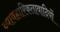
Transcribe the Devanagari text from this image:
व्यावहारिकतावादियों